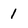
Character: 1